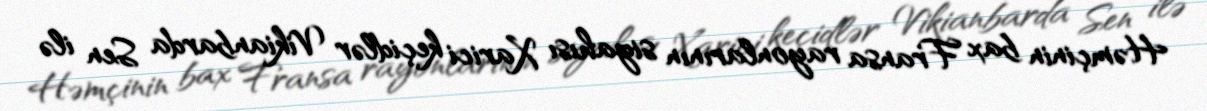
Həmçinin bax Fransa rayonlarının siyahısı Xarici keçidlər Vikianbarda Sen ilə